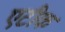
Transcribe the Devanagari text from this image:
एटीक